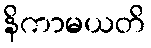
နိကာမယတိ